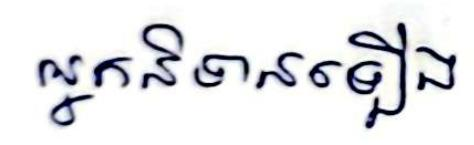
អ្នកនិទានឡើង